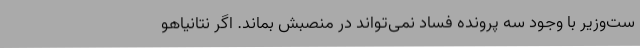
ست‌وزیر با وجود سه پرونده فساد نمی‌تواند در منصبش بماند. اگر نتانیاهو